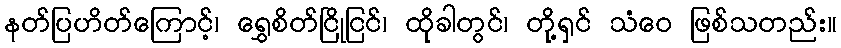
နတ်ပြဟိတ်ကြောင့်၊ ရွှေစိတ်ငြိုငြင်၊ ထိုခါတွင်၊ တို့ရှင် သံဝေ ဖြစ်သတည်း။